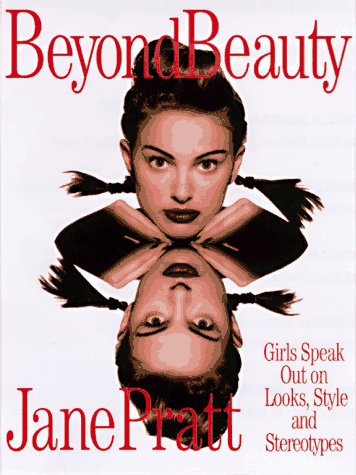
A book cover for Beyond Beauty: Girls Speak Out on Looks, Style and Stereotypes; Jane Pratt; Teen & Young Adult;